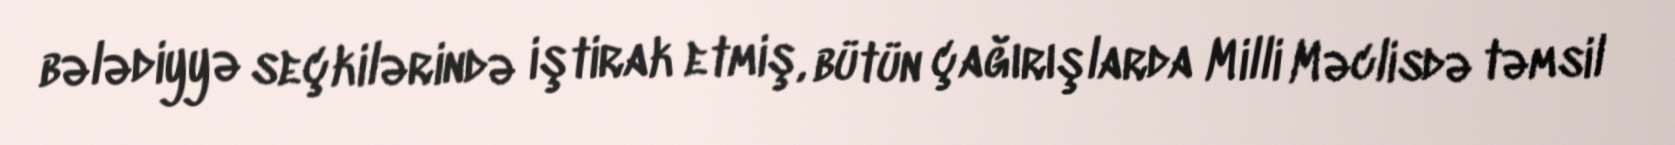
bələdiyyə seçkilərində iştirak etmiş, bütün çağırışlarda Milli Məclisdə təmsil